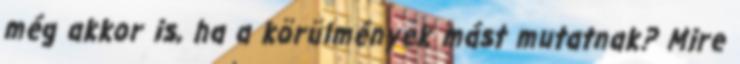
még akkor is, ha a körülmények mást mutatnak? Mire